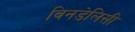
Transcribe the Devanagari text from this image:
विनडेलिसी